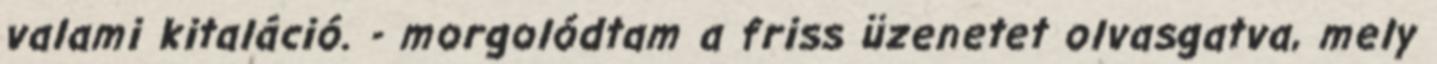
valami kitaláció. - morgolódtam a friss üzenetet olvasgatva, mely